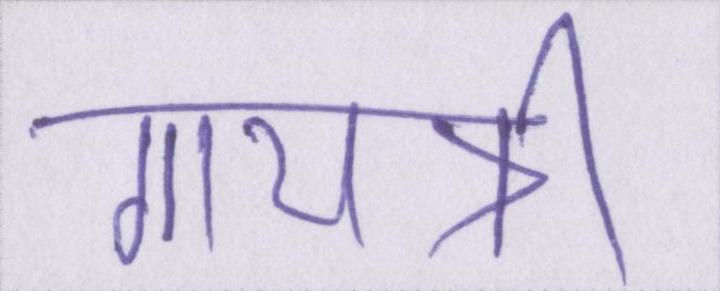
गायत्री